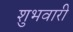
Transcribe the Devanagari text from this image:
शुभवारी